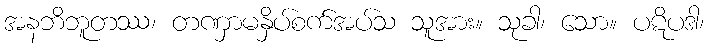
အနဘိဘူတဿ၊ တဏှာမနှိပ်စက်အပ်သ သူအား။ သုခါ၊ သော။ ပဋိပဒါ၊